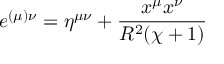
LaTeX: e ^ { ( \mu ) \nu } = \eta ^ { \mu \nu } + \frac { x ^ { \mu } x ^ { \nu } } { R ^ { 2 } ( \chi + 1 ) }